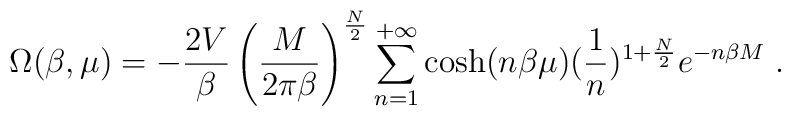
\Omega(\beta,\mu)=-{2V\over\beta} \left({M \over2\pi\beta}\right)^{N\over 2} \sum_{n=1}^{+\infty}\cosh(n\beta\mu) ({1 \over n})^{1+{N\over 2}}e^{-n\beta M}\;.